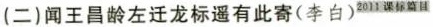
(二) 闻王昌龄左迁龙标遥有此寄 (李白)^{2011 课标篇目}